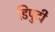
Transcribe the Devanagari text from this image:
डिपुटी